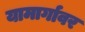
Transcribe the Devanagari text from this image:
यामार्गावर